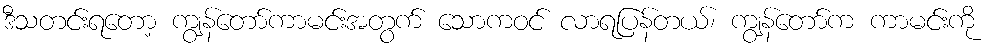
ဒီသတင်းရတော့ ကျွန်တော်ကာမင်းအတွက် သောကဝင် လာရပြန်တယ်၊ ကျွန်တော်က ကာမင်းကို